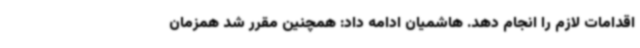
اقدامات لازم را انجام دهد. هاشمیان ادامه داد: همچنین مقرر شد همزمان